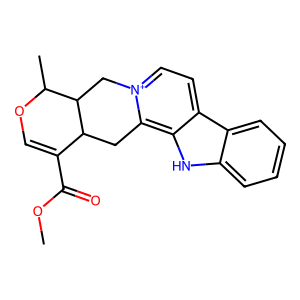
SMILES: COC(=O)C1=COC(C)C2C[n+]3ccc4c([nH]c5ccccc54)c3CC12
Inhibits HIV replication: No